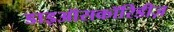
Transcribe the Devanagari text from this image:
डाइऑसकॉरिडीज़